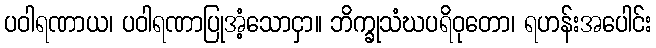
ပဝါရဏာယ၊ ပဝါရဏာပြုအံ့သောငှာ။ ဘိက္ခုသံဃပရိဝုတော၊ ရဟန်းအပေါင်း